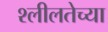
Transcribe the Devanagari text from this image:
श्लीलतेच्या